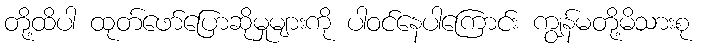
တို့ထိပါ ထုတ်ဖော်ပြောဆိုမှုများကို ပါဝင်နေပါကြောင်း ကျွန်မတို့မိသားစု